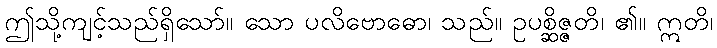
ဤသို့ကျင့်သည်ရှိသော်။ သော ပလိဗောဓော၊ သည်။ ဥပစ္ဆိဇ္ဇတိ၊ ၏။ ဣတိ၊